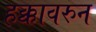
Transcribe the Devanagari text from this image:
हक्कावरुन